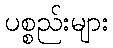
ပစ္စည်းများ